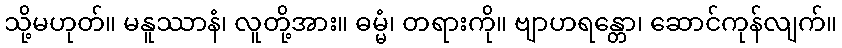
သို့မဟုတ်။ မနူဿာနံ၊ လူတို့အား။ ဓမ္မံ၊ တရားကို။ ဗျာဟရန္တော၊ ဆောင်ကုန်လျက်။